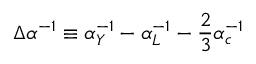
\Delta \alpha ^ { - 1 } \equiv \alpha _ { Y } ^ { - 1 } - \alpha _ { L } ^ { - 1 } - \frac { 2 } { 3 } \alpha _ { c } ^ { - 1 }